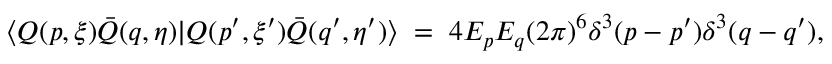
\langle Q ( p , \xi ) \bar { Q } ( q , \eta ) | Q ( p ^ { \prime } , \xi ^ { \prime } ) \bar { Q } ( q ^ { \prime } , \eta ^ { \prime } ) \rangle \; = \; 4 E _ { p } E _ { q } ( 2 \pi ) ^ { 6 } \delta ^ { 3 } ( p - p ^ { \prime } ) \delta ^ { 3 } ( q - q ^ { \prime } ) ,